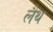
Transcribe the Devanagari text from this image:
लैथ